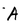
Character: A